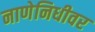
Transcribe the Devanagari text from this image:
नाणेनिधीवर